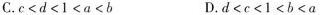
C.c<d<1<a<b D.d<c<1<b<a